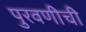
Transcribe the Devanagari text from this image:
पुरवणीची